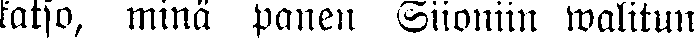
katso, minä panen Siioniin walitun